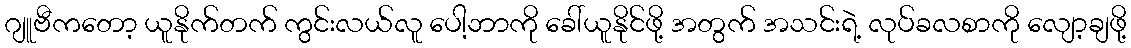
ဂျူဗီကတော့ ယူနိုက်တက် ကွင်းလယ်လူ ပေါ့ဘာကို ခေါ်ယူနိုင်ဖို့ အတွက် အသင်းရဲ့ လုပ်ခလစာကို လျော့ချဖို့